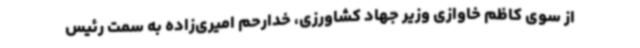
از سوی کاظم خاوازی وزیر جهاد کشاورزی، خدارحم امیری‌زاده به سمت رئیس